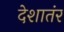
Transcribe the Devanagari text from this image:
देशातंर